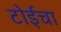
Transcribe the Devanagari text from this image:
टोईचा